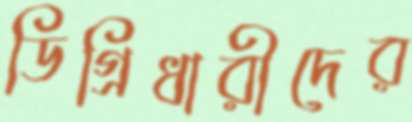
ডিগ্রিধারীদের